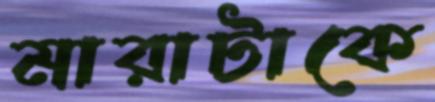
মারাটাকে